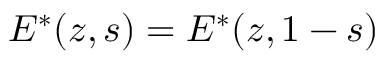
E ^ { * } ( z , s ) = E ^ { * } ( z , 1 - s )